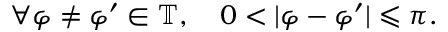
\forall \varphi \neq \varphi ^ { \prime } \in \mathbb { T } , \quad 0 < | \varphi - \varphi ^ { \prime } | \leqslant \pi .